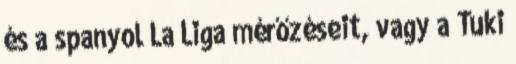
és a spanyol La Liga mérőzéseit, vagy a Ťuki